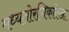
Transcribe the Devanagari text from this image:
मध्यतोरणिकारेखा